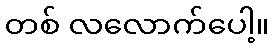
တစ် လလောက်ပေါ့။